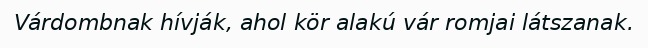
Várdombnak hívják, ahol kör alakú vár romjai látszanak.